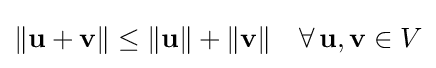
\|\mathbf {u} +\mathbf {v} \|\leq \|\mathbf {u} \|+\|\mathbf {v} \|\quad \forall \,\mathbf {u} ,\mathbf {v} \in V